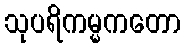
သုပရိကမ္မကတော